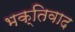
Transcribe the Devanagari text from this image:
भक्तिवाद